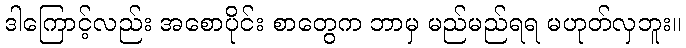
ဒါကြောင့်လည်း အစောပိုင်း စာတွေက ဘာမှ မည်မည်ရရ မဟုတ်လှဘူး။